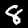
Label: 8